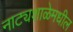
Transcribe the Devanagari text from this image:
नाट्यशाळेमधील